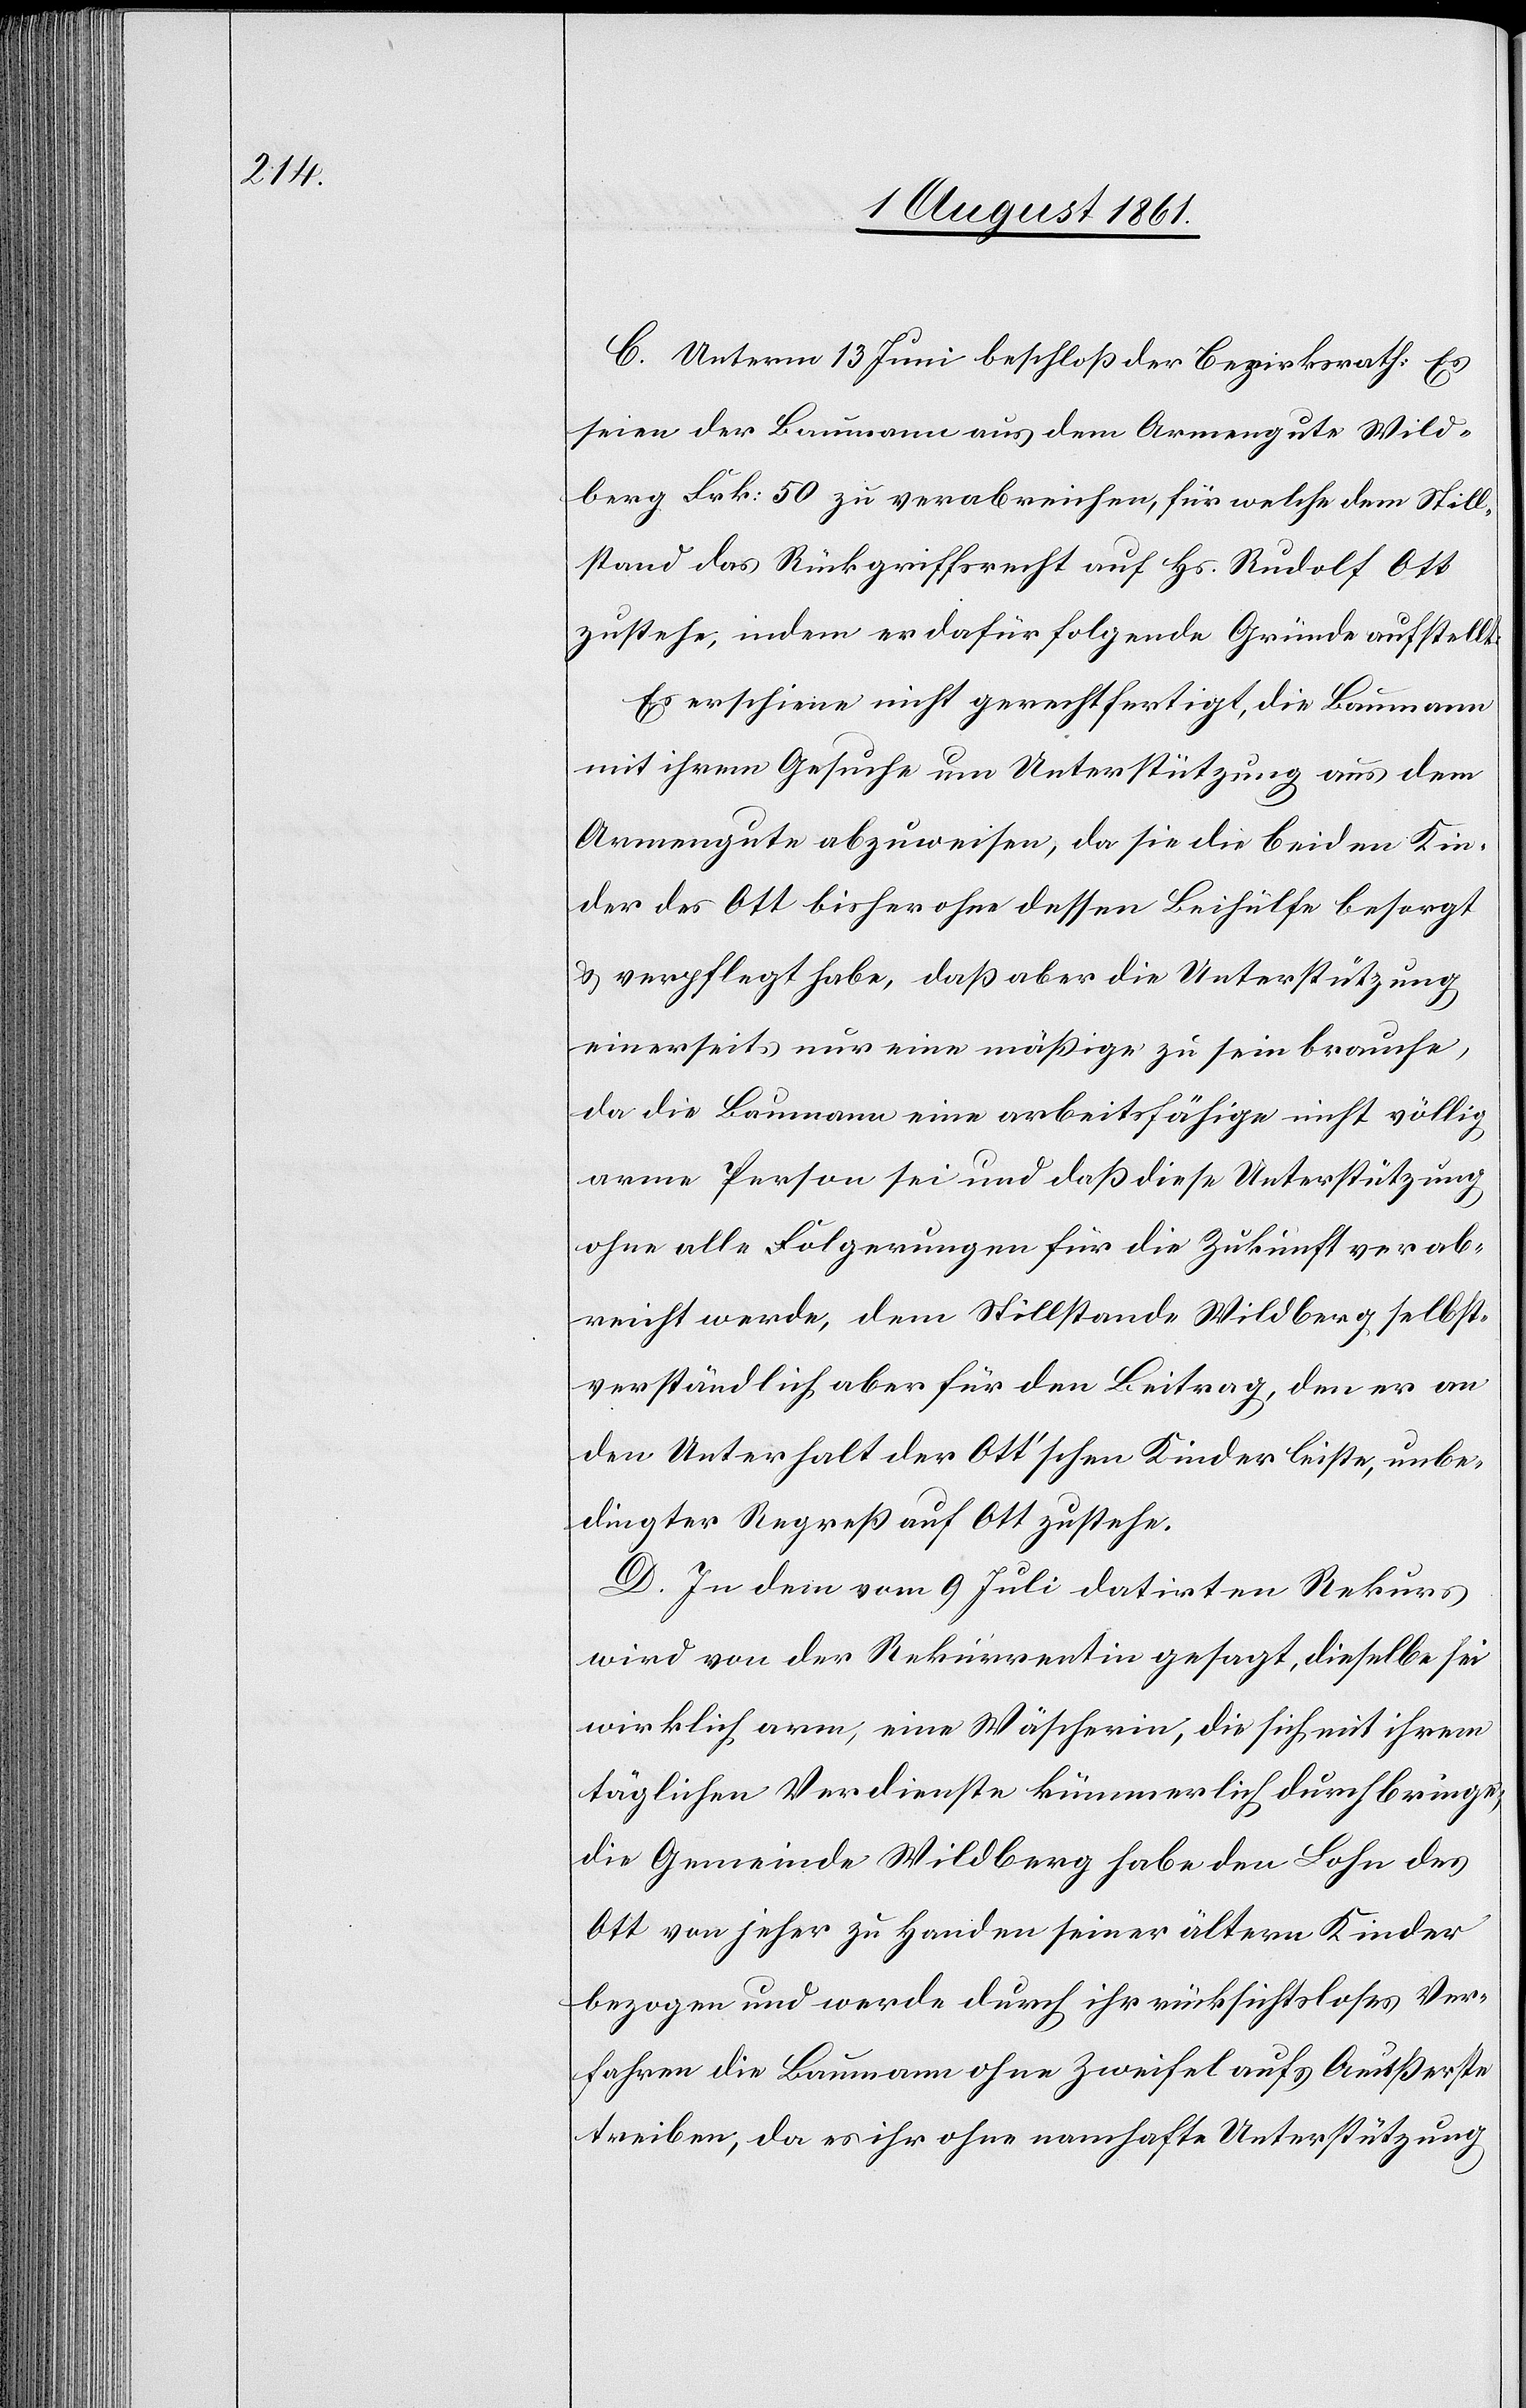
C. Unterm 13 Juni beschloß der Bezirksrath: Es
seien der Baumann aus dem Armengute Wild¬
berg Frk 50 zu verabreichen, für welche dem Still¬
stand das Rückgriffsrecht auf Hs. Rudolf Ott
zustehe, indem er dafür folgende Gründe aufstellt:
Es erscheine nicht gerechtfertigt, die Baumann
mit ihrem Gesuche um Unterstützung aus dem
Armengute abzuweisen, da sie die beiden Kin¬
der des Ott bisher ohne dessen Beihülfe besorgt
u. verpflegt habe, daß aber die Unterstützung
einerseits nur eine mäßige zu sein brauche,
da die Baumann eine arbeitsfähige nicht völlig
arme Person sei und daß diese Unterstützung
ohne alle Folgerungen für die Zukunft verab¬
reicht werde, dem Stillstande Wildberg selbst¬
verständlich aber für den Beitrag, den er an
den Unterhalt der Ott’schen Kinder leiste, unbe¬
dingter Regreß auf Ott zustehe.
D. In dem vom 9 Juli datirten Rekurs
wird von der Rekurrentin gesagt, dieselbe sei
wirklich arm, eine Wäscherin, die sich mit ihrem
täglichen Verdienste kümmerlich durchbringe,
die Gemeinde Wildberg habe den Lohn des
Ott von jeher zu Handen seiner ältern Kinder
bezogen und werde durch ihr rücksichtsloses Ver¬
fahren die Baumann ohne Zweifel aufs Aeußerste
treiben; da es ihr ohne namhafte Unterstützung